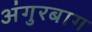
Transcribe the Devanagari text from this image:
अंगुरबाग